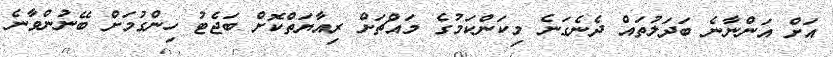
އަށް އަންނާނެ ބަދަލުތައް ދެނެގަނެ މިކަންކަމުގެ މައްޗަށް ރިއާޔަތްކޮށް ބަޖެޓު ހިންގުމަށް ބޭނުންވާނެ